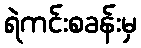
ရဲကင်းစခန်းမှ